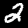
Label: 2